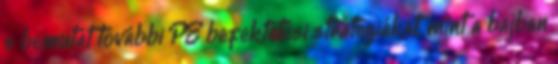
s bemutat további PE befektetési stratégiákat, mint a bajban